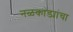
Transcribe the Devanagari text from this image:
नळकांड्यांचा